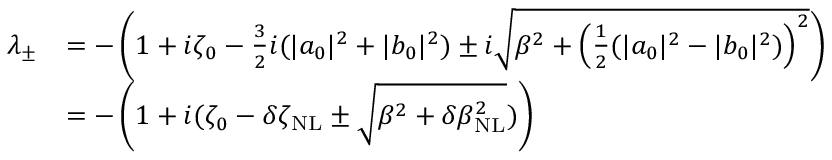
\begin{array} { r l } { \lambda _ { \pm } } & { = - \left( 1 + i \zeta _ { 0 } - \frac { 3 } { 2 } i ( | a _ { 0 } | ^ { 2 } + | b _ { 0 } | ^ { 2 } ) \pm i \sqrt { \beta ^ { 2 } + \left( \frac { 1 } { 2 } ( | a _ { 0 } | ^ { 2 } - | b _ { 0 } | ^ { 2 } ) \right) ^ { 2 } } \right) } \\ & { = - \left( 1 + i ( \zeta _ { 0 } - \delta \zeta _ { \mathrm { N L } } \pm \sqrt { \beta ^ { 2 } + \delta \beta _ { \mathrm { N L } } ^ { 2 } } ) \right) } \end{array}